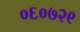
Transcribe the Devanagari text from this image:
०६०७२९